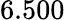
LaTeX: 6.500